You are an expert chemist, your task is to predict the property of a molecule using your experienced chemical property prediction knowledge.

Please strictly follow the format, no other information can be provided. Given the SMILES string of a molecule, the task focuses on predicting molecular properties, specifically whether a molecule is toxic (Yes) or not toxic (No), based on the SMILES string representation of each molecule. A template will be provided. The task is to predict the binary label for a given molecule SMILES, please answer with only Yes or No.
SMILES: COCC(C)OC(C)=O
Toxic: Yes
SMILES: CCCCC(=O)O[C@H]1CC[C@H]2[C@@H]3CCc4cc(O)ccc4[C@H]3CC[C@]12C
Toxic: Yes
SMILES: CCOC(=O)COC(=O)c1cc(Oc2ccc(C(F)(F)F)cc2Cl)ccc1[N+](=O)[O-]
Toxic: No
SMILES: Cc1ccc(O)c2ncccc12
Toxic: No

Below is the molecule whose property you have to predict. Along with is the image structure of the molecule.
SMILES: CC(CC(=O)O)CC(C)(C)C
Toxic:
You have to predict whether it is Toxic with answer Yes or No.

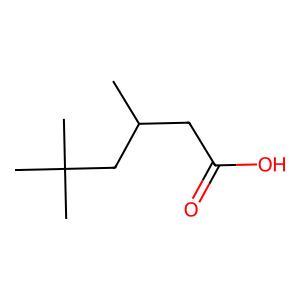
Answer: No